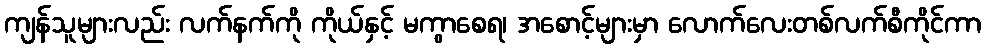
ကျန်သူများလည်း လက်နက်ကို ကိုယ်နှင့် မကွာစေရ၊ အစောင့်များမှာ လောက်လေးတစ်လက်စီကိုင်ကာ